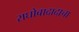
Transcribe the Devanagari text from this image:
राघोबादादाचा